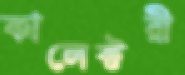
কালেক্টরী